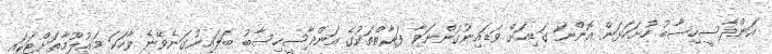
އަންދާސީހިސާބު ހުށަހަޅަން އޮންނަ ގަޑިއަށް ވަޑައިނުގަންނަވާ ފަރާތްތަކުގެ އަންދާސީހިސާބު ބަލައިނުގަނެވޭނެ ވާހަކަ މަޢުލޫމާތަށްޓަކައި